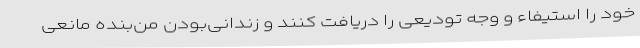
خود را استیفاء و وجه تودیعی را دریافت کنند و زندانی‌بودن من‌بنده مانعی